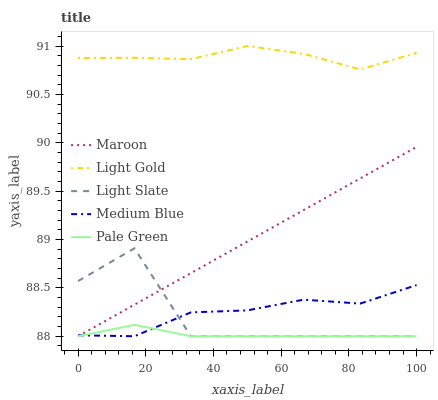
| xaxis_label | Maroon | Light Gold | Light Slate | Medium Blue | Pale Green |
 | --- | --- | --- | --- | --- | --- |
 | 0 | 88 | 90.9 | 88.6 | 88 | 88 |
 | 16.7 | 88.3 | 90.9 | 88.9 | 88 | 88.1 |
 | 33.3 | 88.7 | 90.9 | 88 | 88.2 | 88 |
 | 50 | 89 | 91 | 88 | 88.3 | 88 |
 | 66.7 | 89.3 | 90.9 | 88 | 88.4 | 88 |
 | 83.3 | 89.6 | 90.8 | 88 | 88.3 | 88 |
 | 100 | 90 | 90.9 | 88 | 88.5 | 88 |